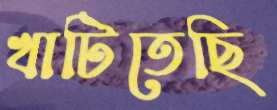
খাটিতেছি